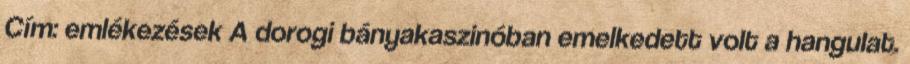
Cím: emlékezések A dorogi bányakaszinóban emelkedett volt a hangulat.